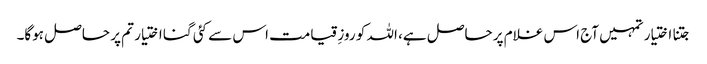
جتنا اختیار تمہیں آج اس غلام پر حاصل ہے، اللہ کو روزِ قیامت اس سے کئی گنا اختیار تم پر حاصل ہوگا۔